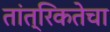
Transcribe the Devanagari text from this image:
तांत्रिकतेचा